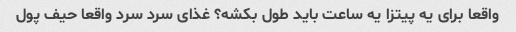
واقعا برای یه پیتزا یه ساعت باید طول بکشه؟ غذای سرد سرد واقعا حیف پول